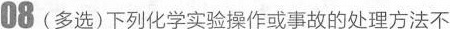
08(多选)下列化学实验操作或事故的处理方法不